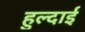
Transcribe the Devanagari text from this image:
हुल्दाई